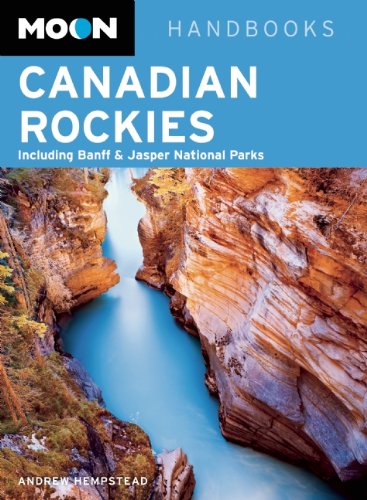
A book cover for Moon Canadian Rockies: Including Banff & Jasper National Parks (Moon Handbooks); Andrew Hempstead; Travel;